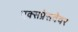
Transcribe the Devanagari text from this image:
एक्सप्रेसवेवर